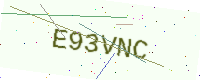
Text: E93VNC